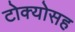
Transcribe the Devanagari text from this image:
टोक्योसह